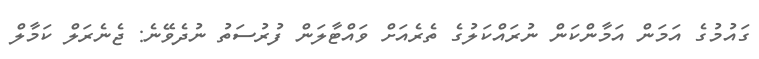
ގައުމުގެ އަމަން އަމާންކަން ނުރައްކަލުގެ ތެރެއަށް ވައްޓާލަން ފުރުސަތު ނުދެވޭނެ: ޖެނެރަލް ކަމާލް